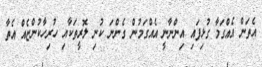
އެތަަން އެއްގަމާ ގުޅިފައި އިންނާނީ އެއްގަމުން ގެންނަ ކުނި ލޮރީތަކާއި ހުރިހާކުންޏެއް އެތާ